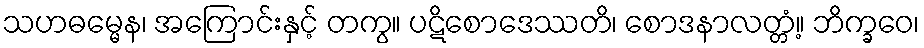
သဟဓမ္မေန၊ အကြောင်းနှင့် တကွ။ ပဋိစောဒေဿတိ၊ စောဒနာလတ္တံ့။ ဘိက္ခဝေ၊